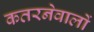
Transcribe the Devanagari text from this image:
कतरनेवालों